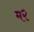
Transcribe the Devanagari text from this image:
म२